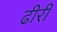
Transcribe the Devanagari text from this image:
ढीरी